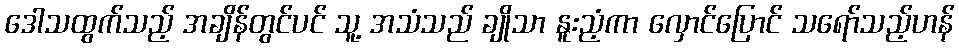
ဒေါသထွက်သည့် အချိန်တွင်ပင် သူ့ အသံသည် ချိုသာ နူးညံ့ကာ လှောင်ပြောင် သရော်သည့်ဟန်